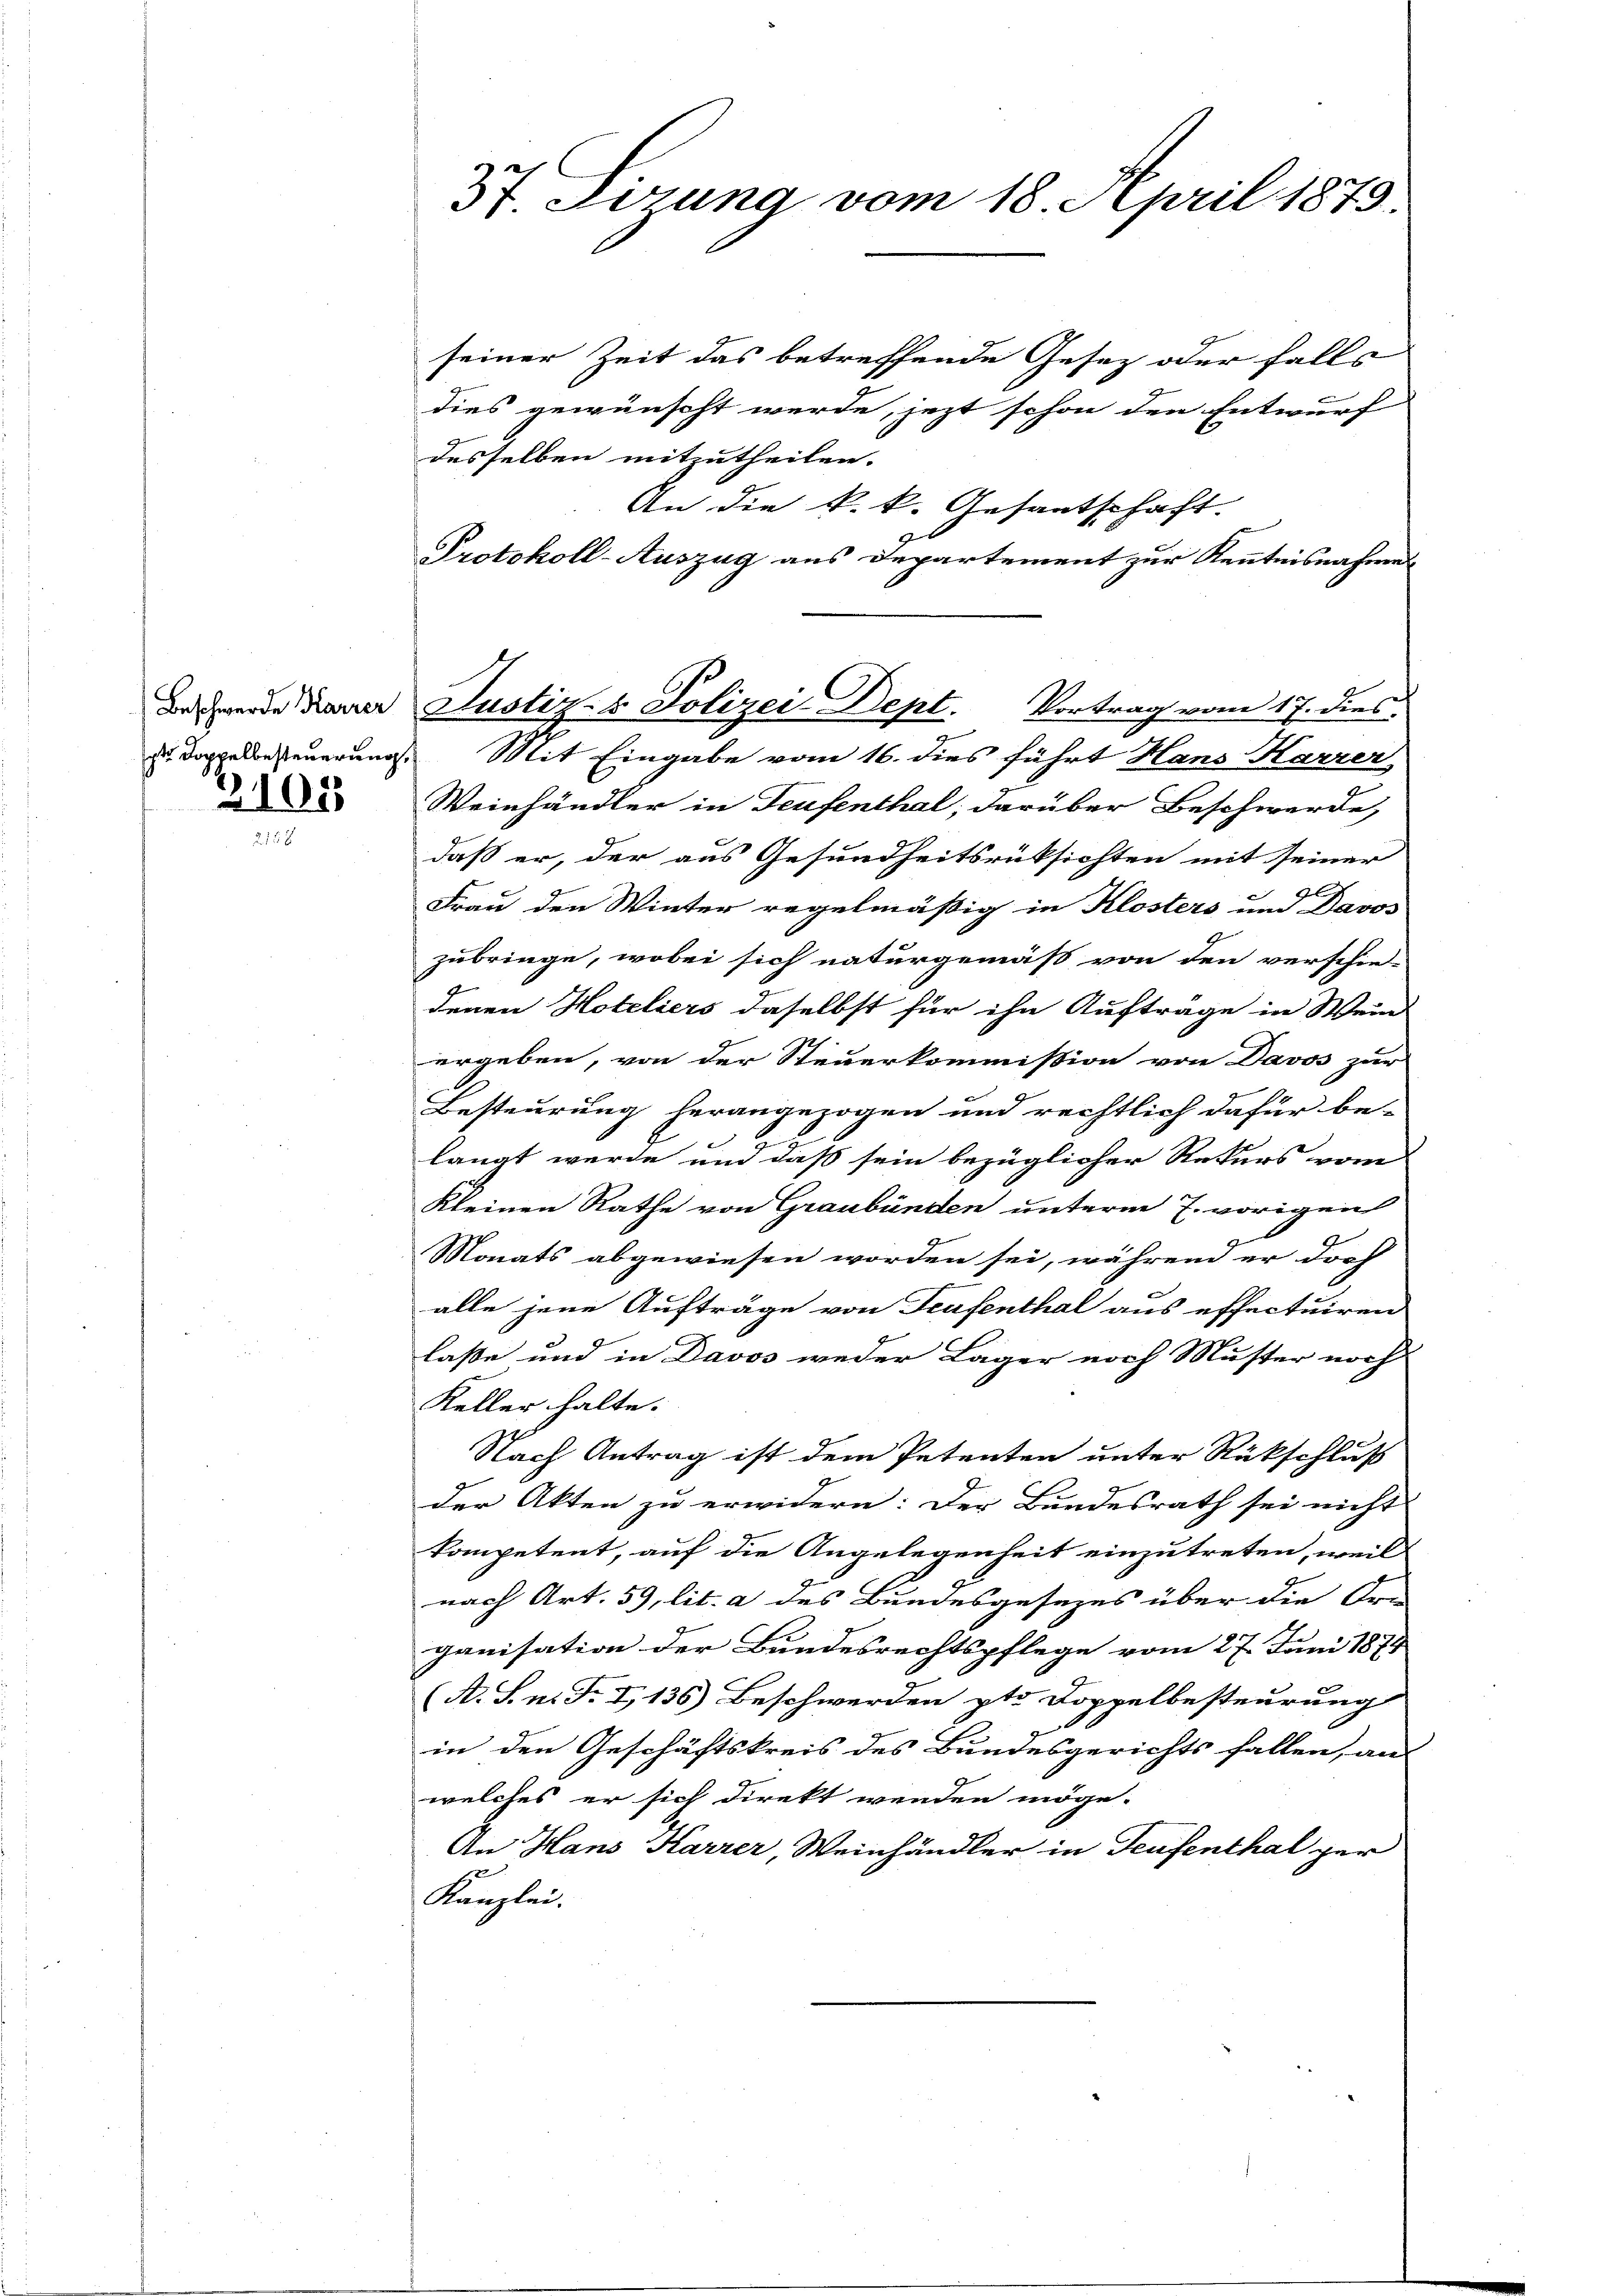
Beschwerde Karrer
pte Doppelbesteuerung,

108

37 Firung vom 18. April 1873.

Justiz- & Polizei Dept. Vortrag vom 17. dies
Mit Eingabe vom 16. dies führt Hans Karzer

seiner Zeit das betreffende Gesetz oder falls
dies gewünscht werde, jezt schon den Entwurf
desselben mitzutheilen.
An die k.k. Gesantschaft.
Protokoll-Auszug aus Departement zur Kenntnisnahmen
Weinhändler in Teufenthal, darüber Beschwerde,
daß er, der aus Gesundheitsrüksichten mit seiner
G
Frau den Winter regelmäßig in Klosters um Davos
zubringe, wobei sich naturgemäß von den verschie-
denen Hoteliers daselbst für ihn Auftrage in Wein
ergeben, von der Steuerkommission von Davos zur
Besteurung herangezogen und rechtlich dafür be-
langt wurde und daß sein bezüglicher Rekurs vom
Kleinen Rathe von Graubünden unterm 7. vorigen
Monats abgewiesen worden sei, während er doch
alle jene Aufträge von Teufenthal aus effectuiren
laße und in Davos weder Läger noch Muster noch
Keller halte.
Nach Antrag ist dem Petenten unter Rückschluß
der Akten zu erwidern: Der Bundesrath sei nicht
kompetent, auf die Angelegenheit einzutreten, weil
nach Art. 59, lit. a des Bundesgesezes über die Or-
ganisation der Bundesrechtspflege vom 27. Juni 1874
A. S. n. F. I, 136) Beschwerden pto Doppelbesteurung
9
in den Geschäftskreis des Bundesgerichts fallen, an
welches er sich direkt wenden möge.
An Hans Karrer, Weinhändler in Teufenthal per
Kanzlei.